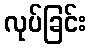
လုပ်ခြင်း